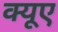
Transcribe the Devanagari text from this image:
क्यूए